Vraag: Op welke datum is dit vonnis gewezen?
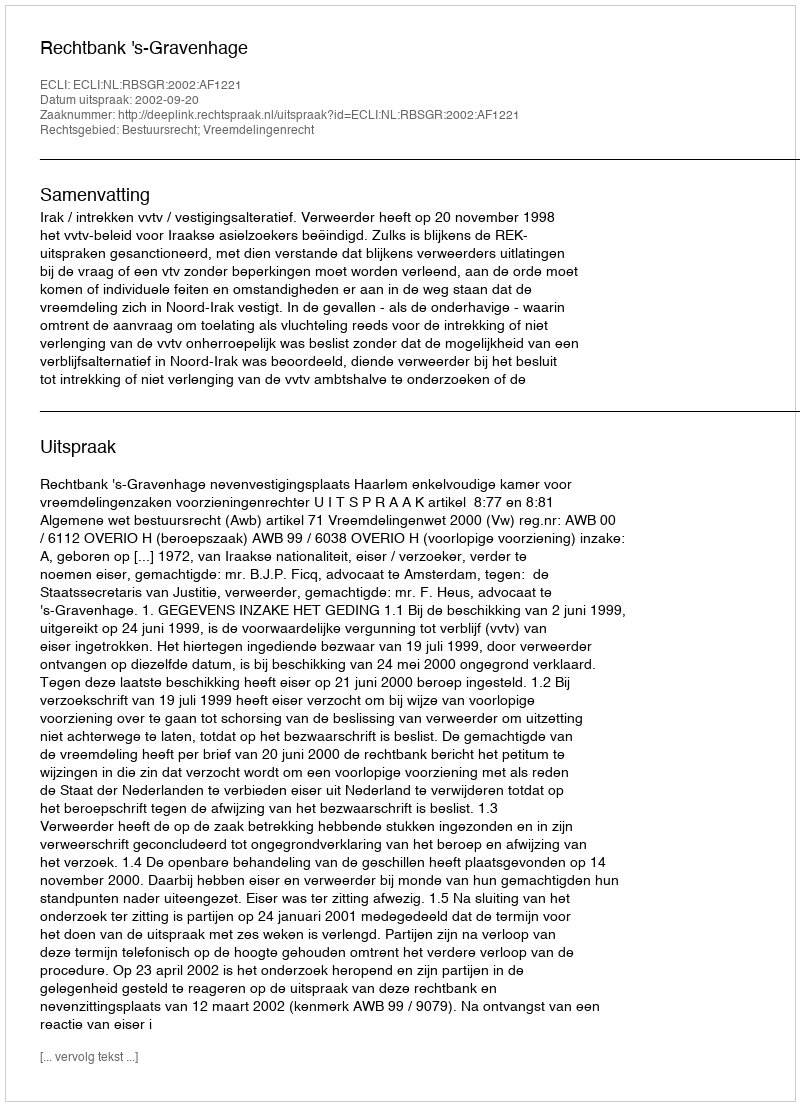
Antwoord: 2002-09-20